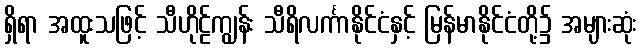
ရှိရာ အထူးသဖြင့် သီဟိုဠ်ကျွန်း သီရိလင်္ကာနိုင်ငံနှင့် မြန်မာနိုင်ငံတို့၌ အများဆုံး